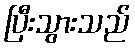
ပြီးသွားသည်